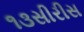
૧૩સીરીસ